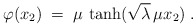
\begin{align*}\varphi(x_2) \;=\; \mu \, \tanh (\sqrt{\lambda}\, \mu x_2) \;.\end{align*}